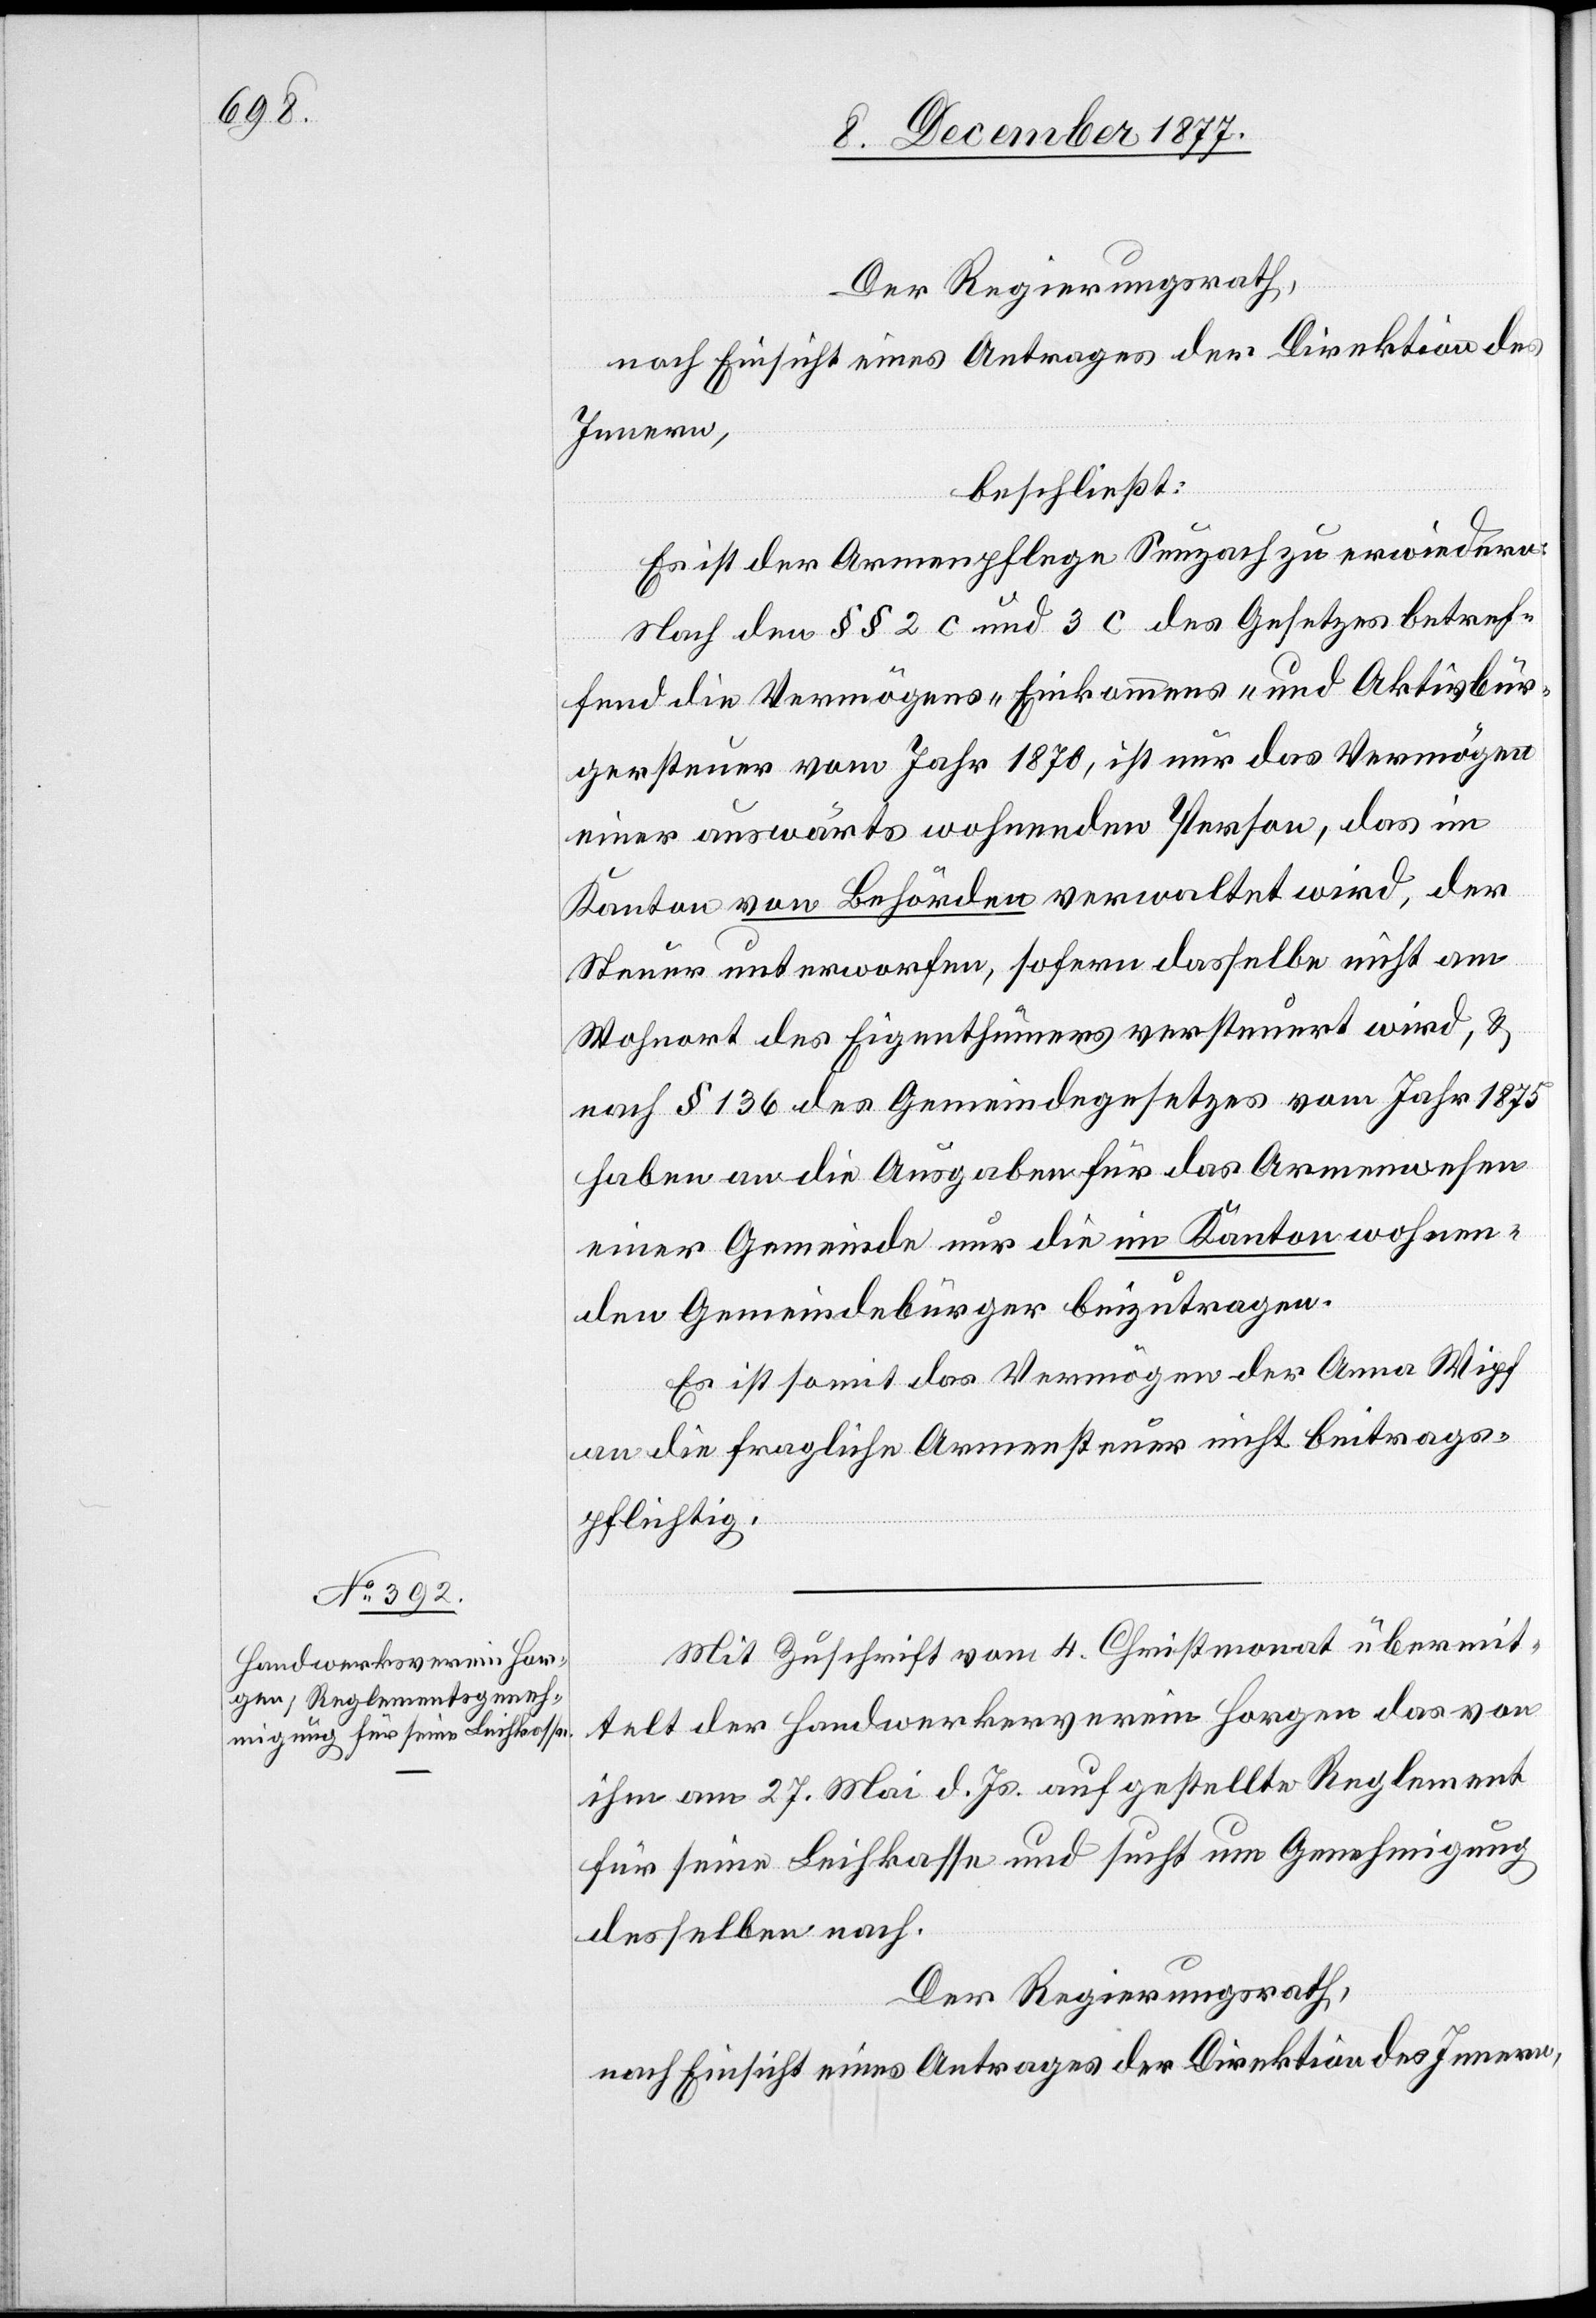
Der Regierungsrath,
nach Einsicht eines Antrages der Direktion des
Innern,
beschließt:
Es ist der Armenpflege Seuzach zu erwiedern:
Nach den §§ 2 c und 3 c des Gesetzes betref¬
fend die Vermögens-[,] Einkommens- und Aktivbür¬
gersteuer vom Jahr 1870, ist nur das Vermögen
einer auswärts wohnenden Person, das im
Kanton von Behörden verwaltet wird, der
Steuer unterworfen, sofern dasselbe nicht am
Wohnort des Eigenthümers versteuert wird, &
nach § 136 des Gemeindegesetzes vom Jahr 1875
haben an die Ausgaben für das Armenwesen
einer Gemeinde nur die im Kanton wohnen¬
den Gemeindebürger beizutragen.
Es ist somit das Vermögen der Anna Wipf
an die fragliche Armensteuer nicht beitrags¬
pflichtig.
Mit Zuschrift vom 4. Christmonat übermit¬
telt der Handwerkerverein Horgen das von
ihm am 27. Mai d. Js. aufgestellte Reglement
für seine Leihkasse und sucht um Genehmigung
desselben nach.
Der Regierungsrath,
nach Einsicht eines Antrages der Direktion des Innern,